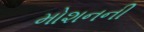
મોશનની